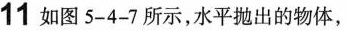
11如图5-4-7所示，水平抛出的物体，